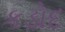
કડોદ